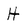
Character: H